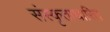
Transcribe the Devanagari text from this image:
संस्कृताधारित